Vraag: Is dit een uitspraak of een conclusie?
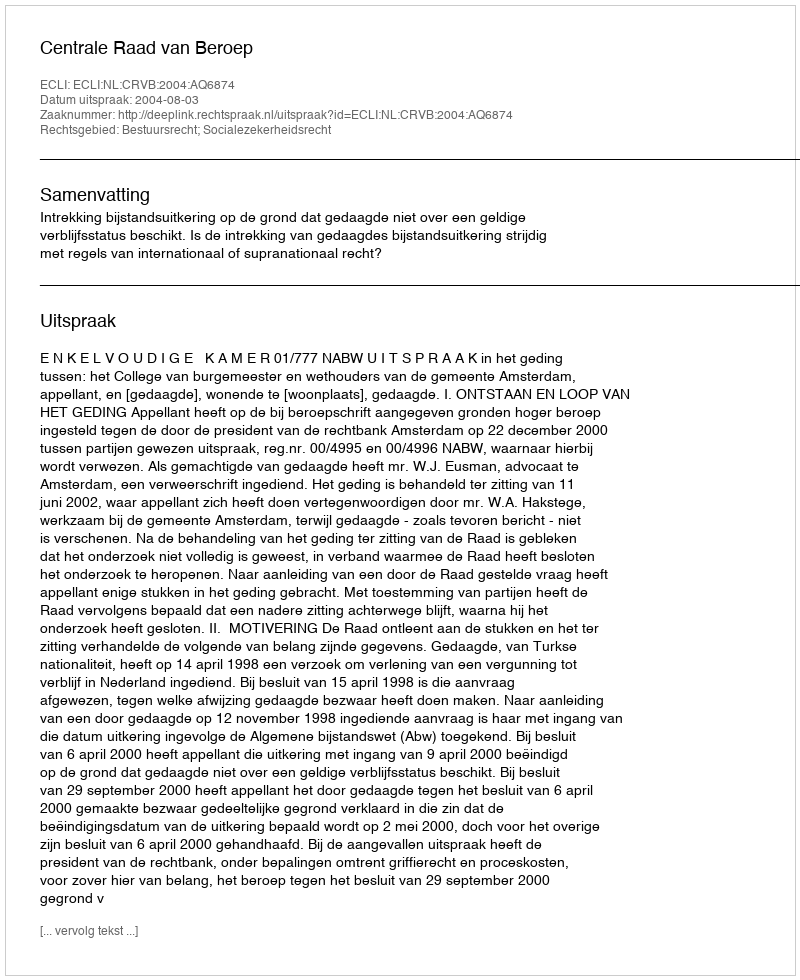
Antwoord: Uitspraak